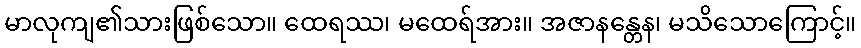
မာလုကျ၏သားဖြစ်သော။ ထေရဿ၊ မထေရ်အား။ အဇာနန္တေန၊ မသိသောကြောင့်။